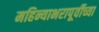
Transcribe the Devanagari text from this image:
महिन्याभरापूर्वीच्या